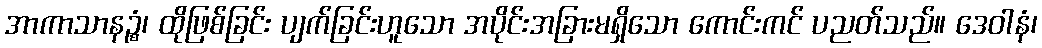
အာကာသာနဉ္စံ၊ ထိုဖြစ်ခြင်း ပျက်ခြင်းဟူသော အပိုင်းအခြားမရှိသော ကောင်းကင် ပညတ်သည်။ ဒေဝါနံ၊